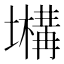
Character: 𡒫